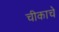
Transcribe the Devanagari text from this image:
चीकाचे